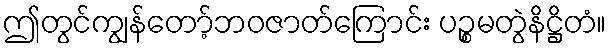
ဤတွင်ကျွန်တော့်ဘဝဇာတ်ကြောင်း ပဉ္စမတွဲနိဋ္ဌိတံ။